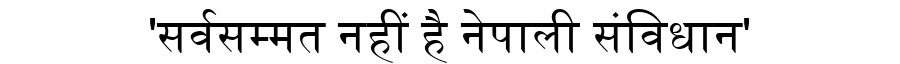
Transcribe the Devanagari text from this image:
'सर्वसम्मत नहीं है नेपाली संविधान'